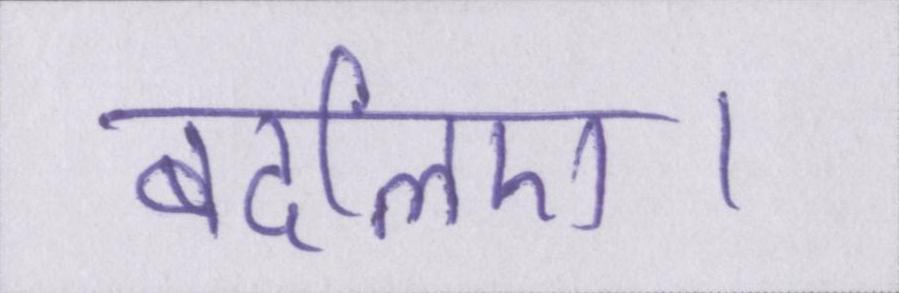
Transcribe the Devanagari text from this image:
बदलिए।